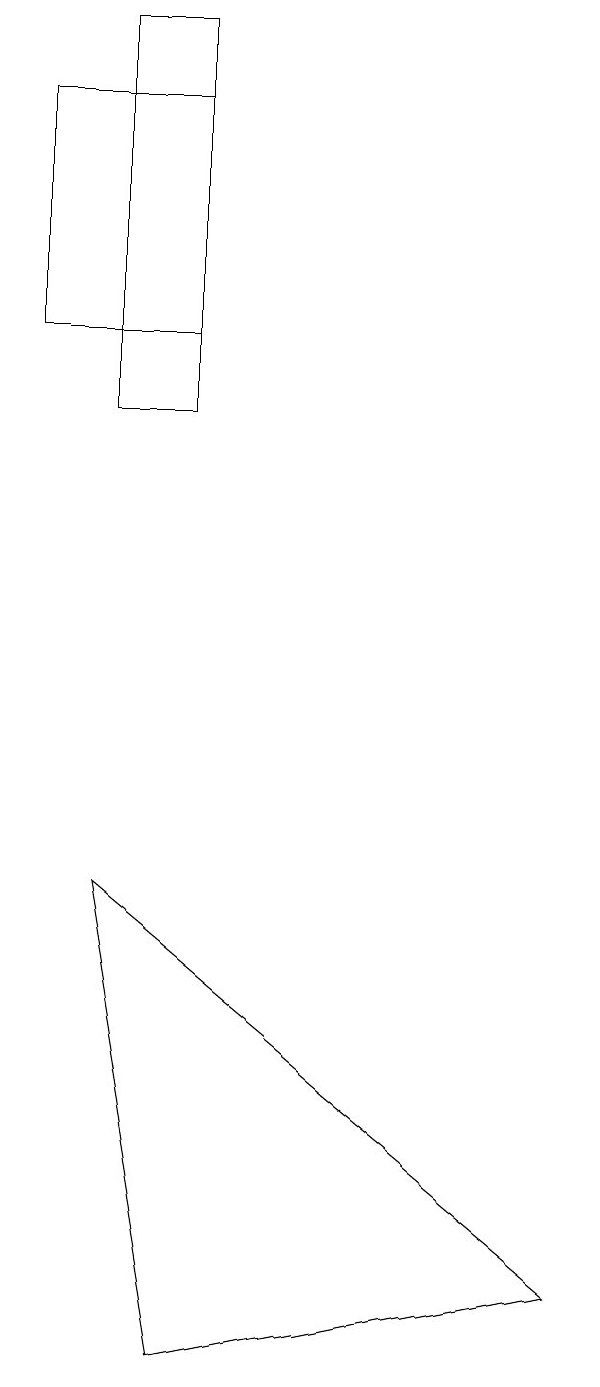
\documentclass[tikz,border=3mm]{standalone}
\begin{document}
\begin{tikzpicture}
\draw (8,3) -- (3,2) -- (2,8) -- cycle;
\draw (3,18) rectangle (1,15);
\draw (3,19) rectangle (2,14);
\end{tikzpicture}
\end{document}